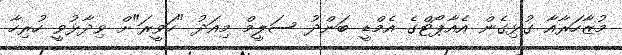
މުޒާހަރާއާ ގުޅިގެން އެއާޕޯޓްގެ އެމްޑީ ބަންދު ސަލީމް މިއަދު "ހަވީރަ"ށް ވިދާޅުވީ ހުރިހާ